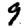
Digit: 9